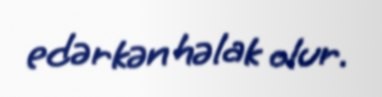
edərkən həlak olur.